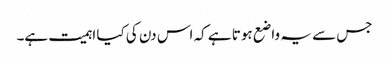
جس سے یہ واضع ہوتا ہے کہ اس دن کی کیا اہمیت ہے۔